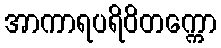
အာကာရပရိဝိတက္ကော